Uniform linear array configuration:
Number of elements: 16
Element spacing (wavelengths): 0.25
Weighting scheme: exponential
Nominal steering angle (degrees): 0
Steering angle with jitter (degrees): -0.2699
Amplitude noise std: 0.05
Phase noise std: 0.05

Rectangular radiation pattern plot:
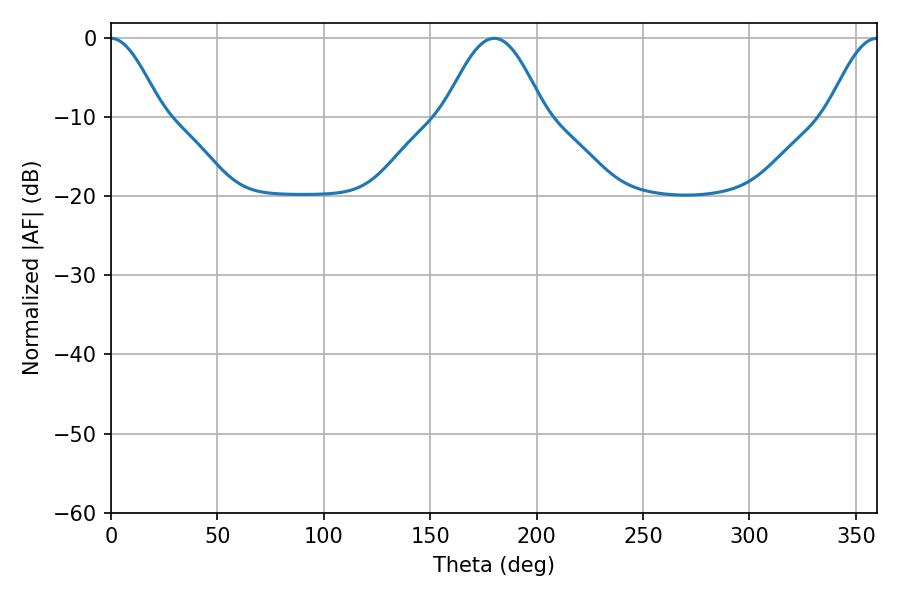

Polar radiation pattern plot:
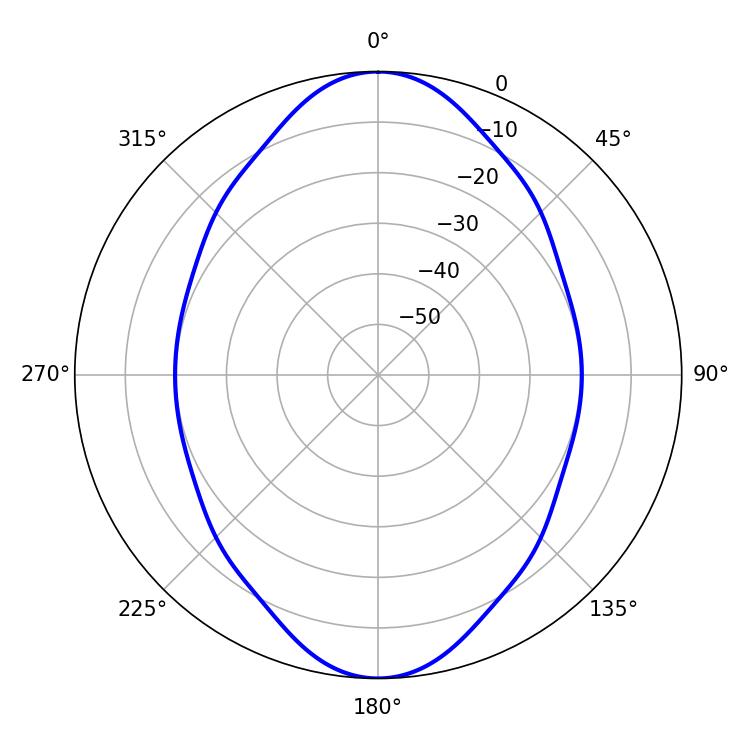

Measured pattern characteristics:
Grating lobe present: FALSE
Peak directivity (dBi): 30.038
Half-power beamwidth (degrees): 12.6
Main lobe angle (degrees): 0